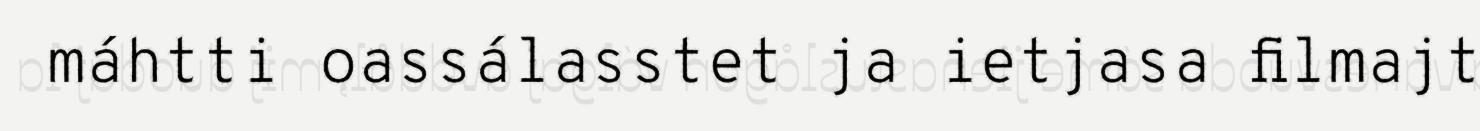
máhtti oassálasstet ja ietjasa filmajt